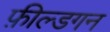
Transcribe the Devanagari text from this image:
फ़ील्डगन